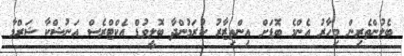
ބެލުންތެރިން މިހާރު އެންމެ ބޮޑަށް އިންތިޒާރު ކުރަމުންދާ ބޮލީވުޑް އެކްޓްރެސް އަނުޝްކާ ޝަރްމާ